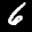
Label: 6